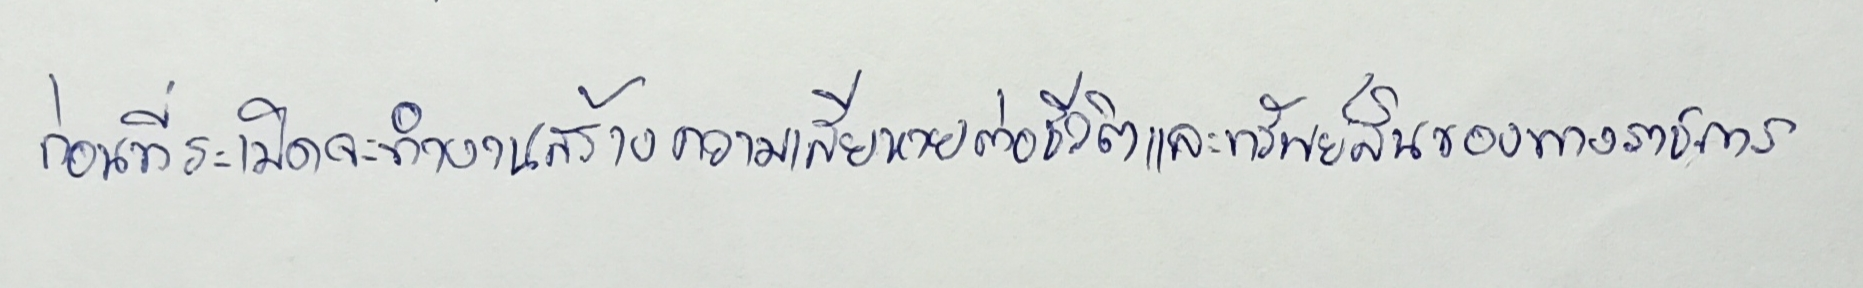
ก่อนที่ระเบิดจะทำงานสร้างความเสียหายต่อชีวิตและทรัพย์สินของทางราชการ